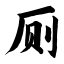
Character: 厕